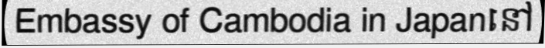
Embassy of Cambodia in Japanនៅ